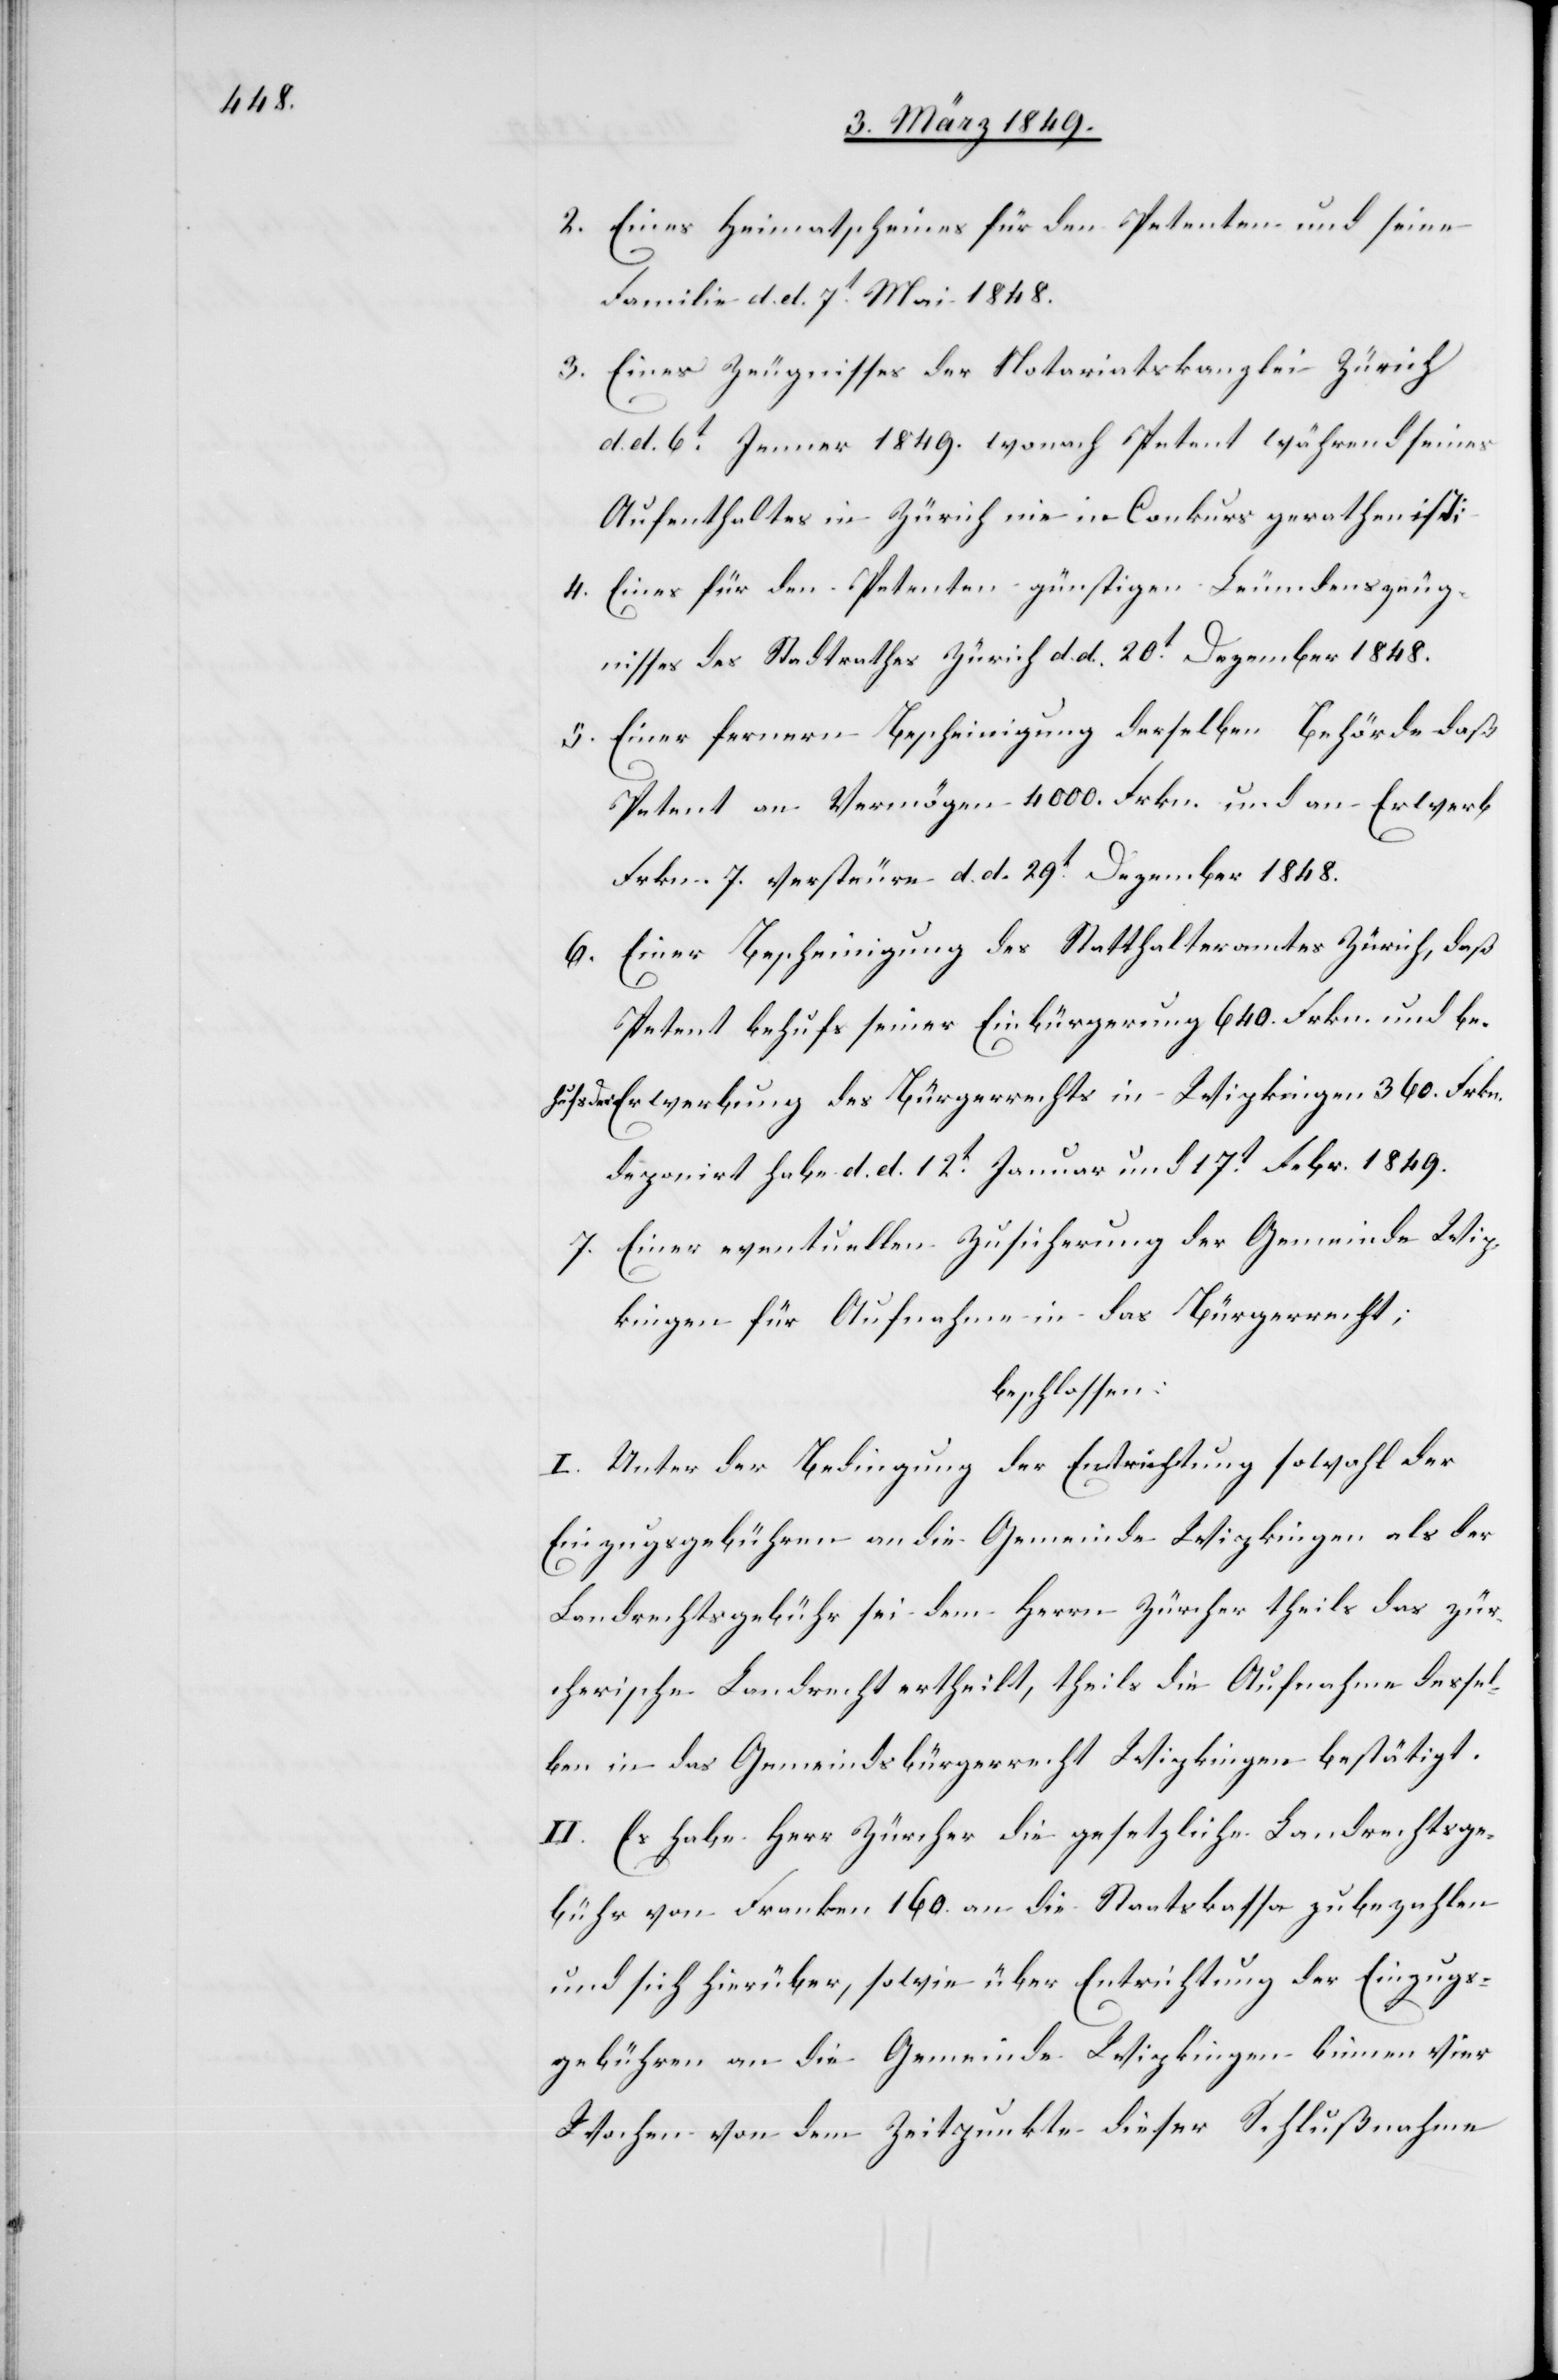
2. Eines Heimatscheines für den Petenten und seine
Familie d. d. 7t. Mai 1848.
3. Eines Zeugnisses der Notariatskanzlei Zürich
d. d. 6t. Jenner 1849. wonach Petent während seines
Aufenthaltes in Zürich nie in Conkurs gerathen ist;
4. Eines für den Petenten günstigen Leumundszeug¬
nisses des Stadtrathes Zürich d. d. 20t. Dezember 1848.
5. Einer fernern Bescheinigung derselben Behörde daß
Petent an Vermögen 4000. Frkn. und an Erwerb
Frkn. 7. versteure d. d. 29t. Dezember 1848.
6. Einer Bescheinigung des Statthalteramtes Zürich, daß
Petent behufs seiner Einbürgerung 640. Frkn. und be¬
hufs der Erwerbung des Bürgerrechts in Wipkingen 360. Frkn.
deponirt habe d. d. 12t. Januar und 17t. Febr. 1849.
7. Einer eventuellen Zusicherung der Gemeinde Wip¬
kingen für Aufnahme in das Bürgerrecht;
beschlossen:
I. Unter der Bedingung der Entrichtung sowohl der
Einzugsgebühren an die Gemeinde Wipkingen als der
Landrechtsgebühr sei dem Herrn Zürcher theils das zür¬
cherische Landrecht ertheilt, theils die Aufnahme dessel¬
ben in das Gemeindsbürgerrecht Wipkingen bestätigt.
II. Es habe Herr Zürcher die gesetzliche Landrechtsge¬
bühr von Franken 160. an die Staatskassa zu bezahlen
und sich hierüber, sowie über Entrichtung der Einzugs¬
gebühren an die Gemeinde Wipkingen binnen vier
Wochen von dem Zeitpunkte dieser Schlußnahme